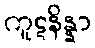
ကူဋနိန္နာ